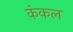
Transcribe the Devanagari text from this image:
कंकल